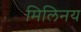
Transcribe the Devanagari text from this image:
मिलिनय